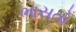
ભાસતો